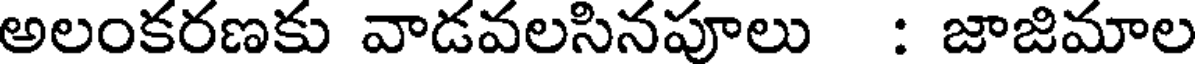
అలంకరణకు వాడవలసినపూలు : జాజిమాల